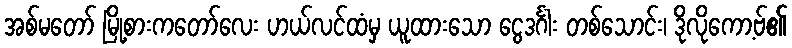
အစ်မတော် မြို့စားကတော်လေး ဟယ်လင်ထံမှ ယူထားသော ငွေဒင်္ဂါး တစ်သောင်း၊ ဒိုလိုကော့ဗ်၏